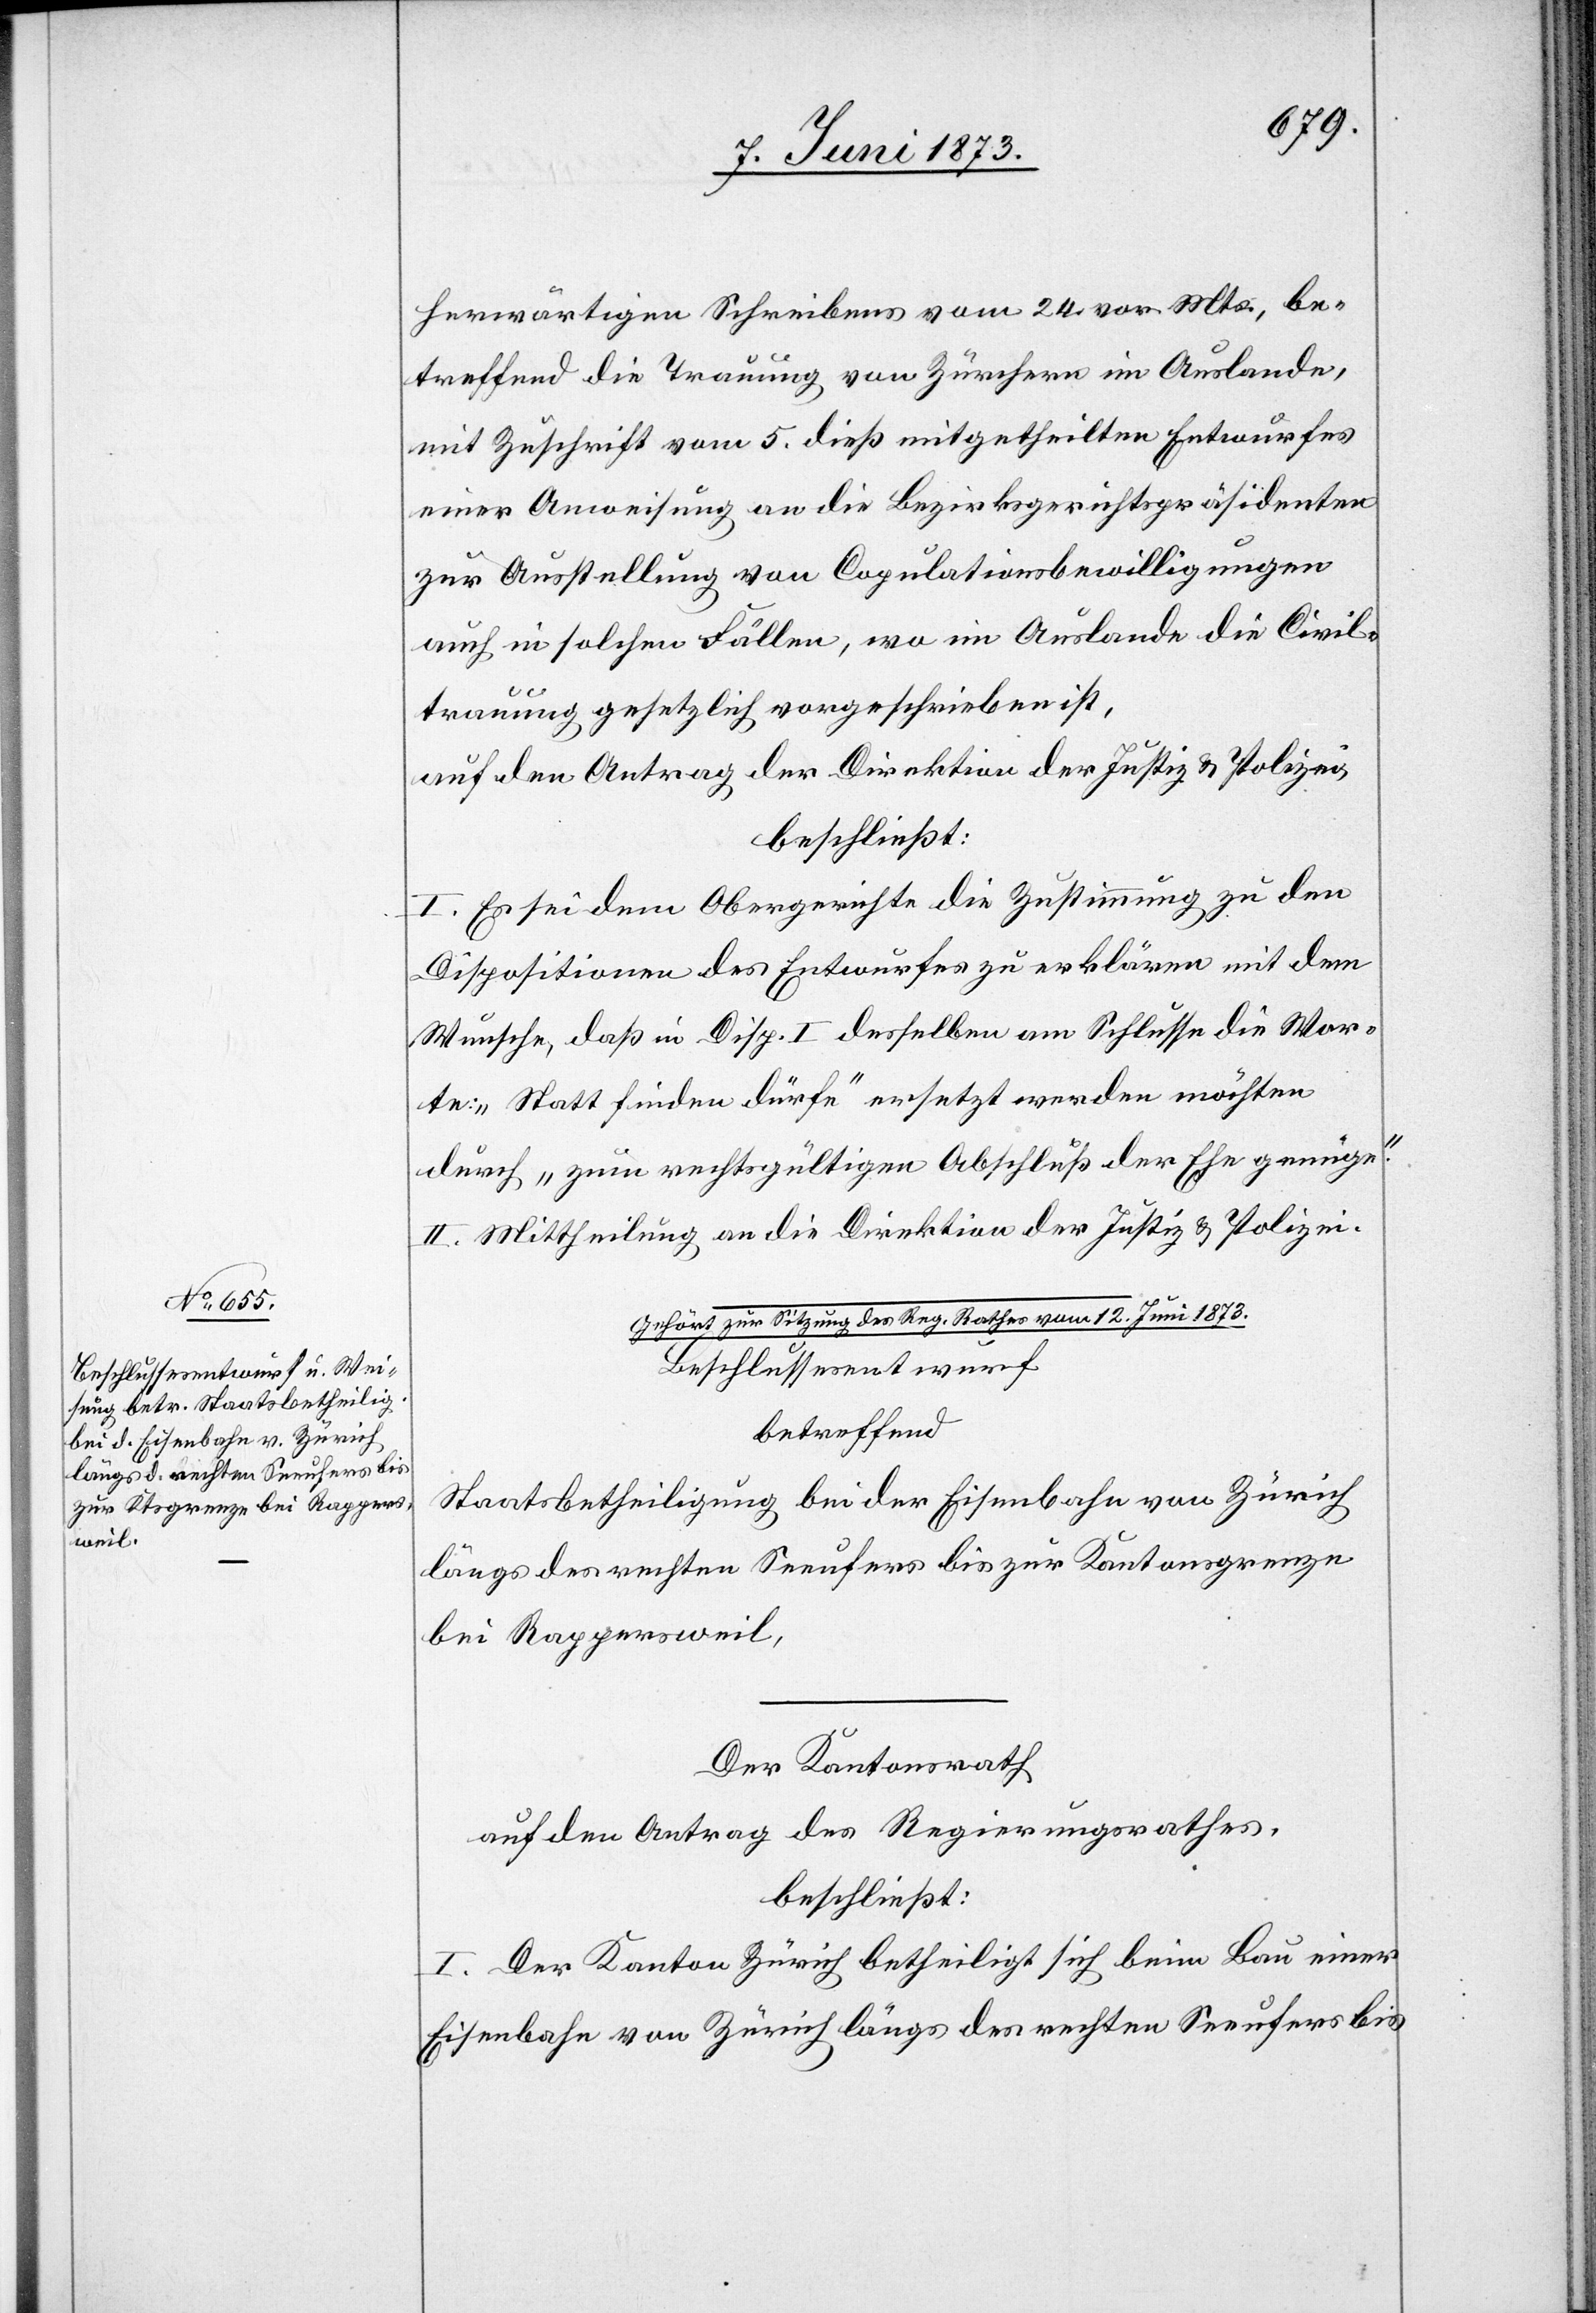
herwärtigen Schreibens vom 24. vor. Mts., be¬
treffend die Trauung von Zürchern im Auslande,
mit Zuschrift vom 5. dieß mitgetheilten Entwurfes
einer Anweisung an die Bezirksgerichtspräsidenten
zur Ausstellung von Copulationsbewilligungen
auch in solchen Fällen, wo im Auslande die Civil¬
trauung gesetzlich vorgeschrieben ist,
auf den Antrag der Direktion der Justiz & Polizei,
beschließt:
I. Es sei dem Obergerichte die Zustimmung zu den
Dispositionen des Entwurfes zu erklären mit dem
Wunsche, daß in Disp. I desselben am Schlusse die Wor¬
te: „Statt finden dürfe“ ersetzt werden möchten
durch „zum rechtsgültigen Abschluß der Ehe genüge“.
II. Mittheilung an die Direktion der Justiz & Polizei.
Gehört zur Sitzung des Reg. Rathes vom 12. Juni 1873.
Beschlussesentwurf
betreffend
Staatsbetheiligung bei der Eisenbahn von Zürich
längs des rechten Seeufers bis zur Kantonsgrenze
bei Rappersweil,
Der Kantonsrath
auf den Antrag des Regierungsrathes,
beschließt:
I. Der Kanton Zürich betheiligt sich beim Bau einer
Eisenbahn von Zürich längs des rechten Seeufers bis